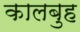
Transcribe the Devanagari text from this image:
कालबुह